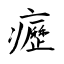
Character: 癧